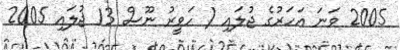
2005 ވަނަ އަހަރުގެ ޖުލައި ( ހަވީރު ނޫސް 13 ޖުލައި 2005